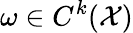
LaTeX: \omega\in C^{k}(\mathcal{X})